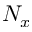
N _ { x }